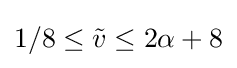
1/8\leq {\tilde {v}}\leq 2\alpha +8